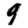
Digit: 9